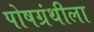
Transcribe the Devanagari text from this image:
पोषग्रंथीला